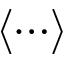
\langle \cdots \rangle